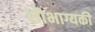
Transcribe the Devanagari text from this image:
सौभाग्यकी